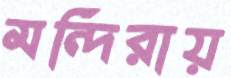
মন্দিরায়